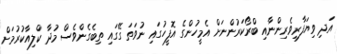
އަދި ވިޔަފާރިވެރިންނާއި ބްރޯކަރުންނަށް އެމީހުންގެ އޮފީހުގައި ނުވަތަ ގޭގައި ތިބެގެންވެސް މުދާ ކްލިއާކުރުމަށް